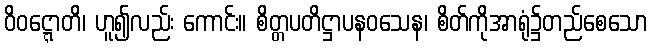
ဝိဝဋ္ဋောတိ၊ ဟူ၍လည်း ကောင်း။ စိတ္တပတိဋ္ဌာပနဝသေန၊ စိတ်ကိုအာရုံ၌တည်စေသော